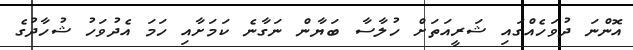
އޮންނަ ދުވަހެއްގައި ޝަރީއަތަށް ހުލާސާ ބަޔާން ނަގާނެ ކަމަށާއި ހަމަ އެދުވަހު ޝުހާދުގެ